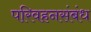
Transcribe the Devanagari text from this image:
परिवहनसंबंध